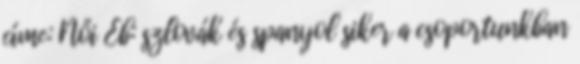
címe: Női Eb: szlovák és spanyol siker a csoportunkban